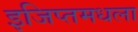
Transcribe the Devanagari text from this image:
इजिप्तमधला